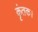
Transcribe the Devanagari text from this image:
कृंतक।